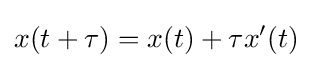
x(t+\tau )=x(t)+\tau x'(t)